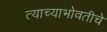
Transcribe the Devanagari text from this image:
त्याच्याभोवतीचे